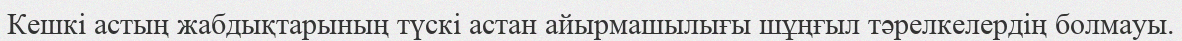
Кешкі астың жабдықтарының түскі астан айырмашылығы шұңғыл тәрелкелердің болмауы.